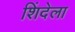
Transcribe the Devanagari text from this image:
शिंदेला